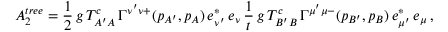
A _ { 2 } ^ { t r e e } = \frac { 1 } { 2 } \, g \, T _ { A ^ { \prime } A } ^ { c } \, \Gamma ^ { \nu ^ { \prime } \nu + } ( p _ { A ^ { \prime } } , p _ { A } ) \, e _ { \nu ^ { \prime } } ^ { * } \, e _ { \nu } \, \frac { 1 } { t } \, g \, T _ { B ^ { \prime } B } ^ { c } \, \Gamma ^ { \mu ^ { \prime } \mu - } ( p _ { B ^ { \prime } } , p _ { B } ) \, e _ { \mu ^ { \prime } } ^ { * } \, e _ { \mu } \, ,